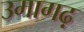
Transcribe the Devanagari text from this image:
उमागढ़